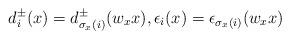
LaTeX: \begin{align*}d_{i}^{\pm}(x)=d_{\sigma_{x}(i)}^{\pm}(w_{x}x), \epsilon_{i}(x)=\epsilon_{\sigma_{x}(i)}(w_{x}x) \end{align*}